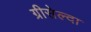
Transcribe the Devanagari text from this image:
ग्रीसेल्दा